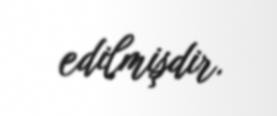
edilmişdir.